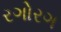
રગોરગ